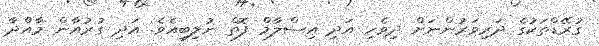
ގުރޭޑްތަކުގެ ދަރިވަރުންނަށް ދިވެހި އަދި އިސްލާމް ފޮތް ނުލިބިއެވެ. އަދި ގުރުއާން މާއްދާ